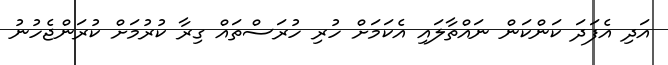
އަދި އެފަދަ ކަންކަން ނައްތާލައި އެކަމަށް ހުރި ހުރަސްތައް ގިރާ ކުރުމަށް ކުރަންޖެހުނު